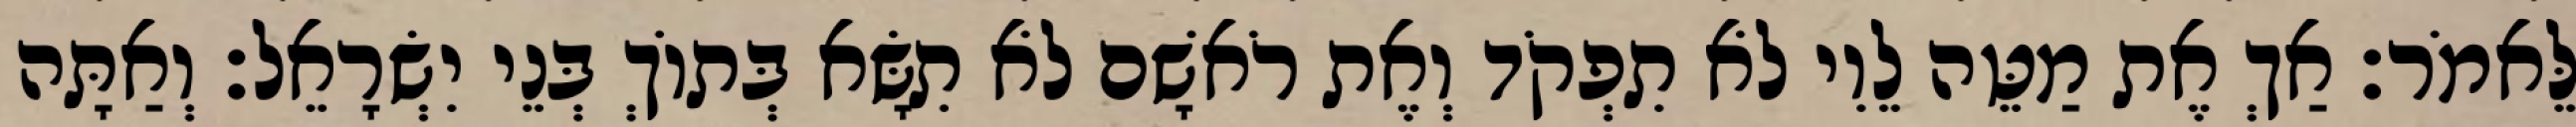
לֵּאמֹר׃ אַךְ אֶת מַטֵּה לֵוִי לֹא תִפְקֹד וְאֶת רֹאשָׁם לֹא תִשָּׂא בְּתוֹךְ בְּנֵי יִשְׂרָאֵל׃ וְאַתָּה